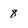
Character: 8